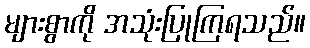
များစွာကို အသုံးပြုကြရသည်။